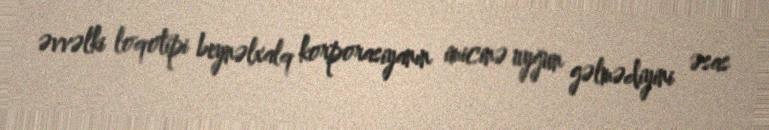
əvvəlki loqotipi beynəlxalq korporasiyanın imicinə uyğun gəlmədiyini əsas